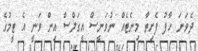
ދެވަނަ ހާފު ފެށިތާ މިނެޓެއް ނުވަނީސް އީގަލްސް އިން ވަނީ އެ ޓީމުގެ